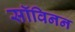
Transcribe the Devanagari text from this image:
सॉविनन